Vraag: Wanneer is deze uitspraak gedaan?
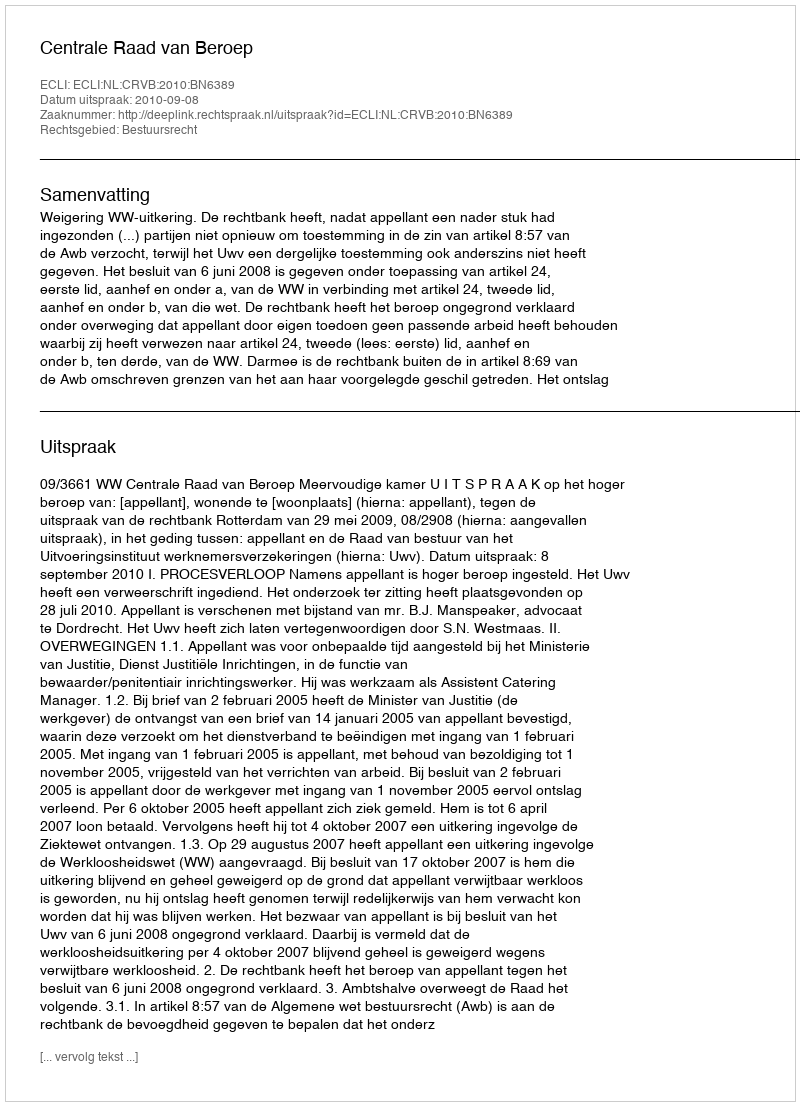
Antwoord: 2010-09-08